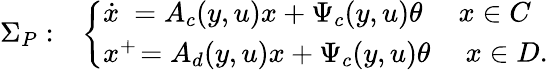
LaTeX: \begin{array}{rl}{\Sigma_{P}:}&{\left\{ \begin{array}{ll}{\begin{array}{l}{\dot{x}\ =A_{c}(y,u)x+\Psi_{c}(y,u)\theta}\end{array}}&{x\in C}\\ {\begin{array}{l}{x^{+}\! =A_{d}(y,u)x+\Psi_{c}(y,u)\theta}\end{array}}&{\ x\in D.}\end{array}\right.}\end{array}